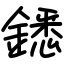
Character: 鏭